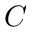
C